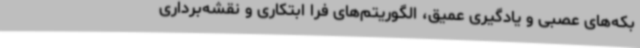
بکه‌های عصبی و یادگیری عمیق، الگوریتم‌های فرا ابتکاری و نقشه‌برداری